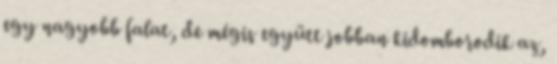
egy nagyobb falat, de mégis együtt jobban kidomborodik az,